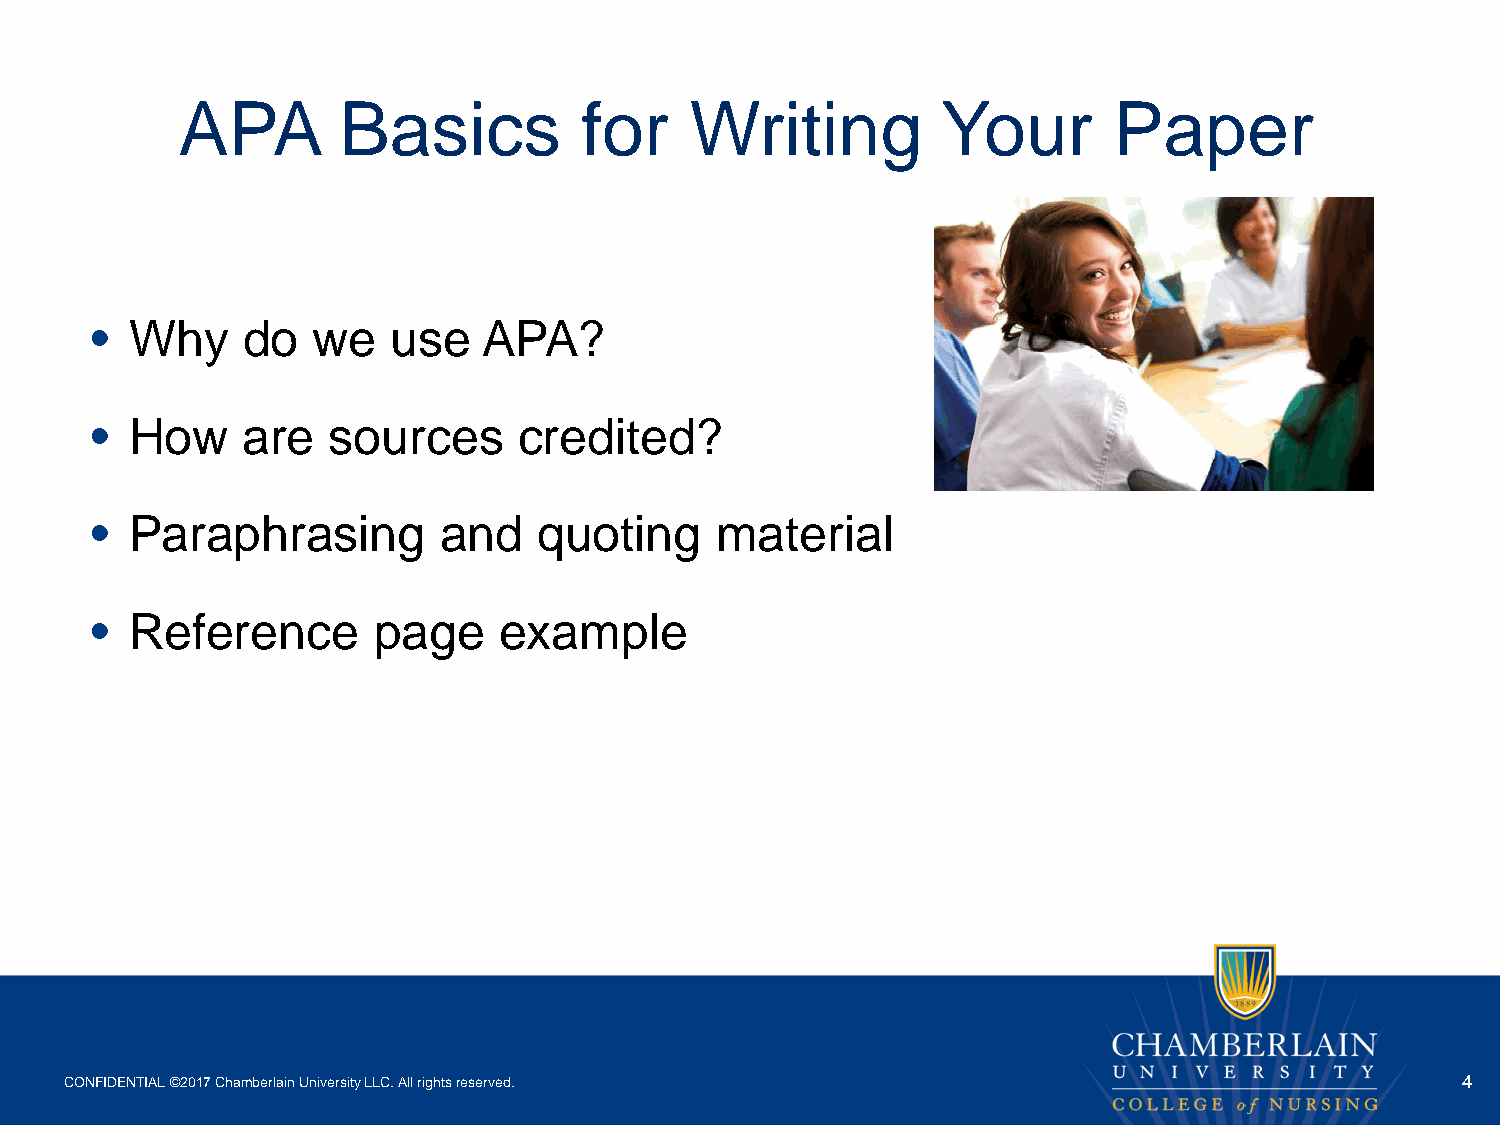
APA       Basics          for     Writing         Your        Paper
 •  Why    do   we   use   APA?
 •  How    are   sources     credited?
 •  Paraphrasing        and    quoting    material
 •  Reference       page    example
 CONFIDENTIAL ©2017 Chamberlain University LLC. All rights reserved.                          4